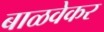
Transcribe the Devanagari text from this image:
बाळवेकर